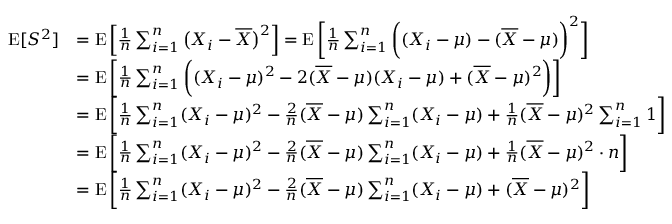
{ \begin{array} { r l } { \operatorname { E } [ S ^ { 2 } ] } & { = \operatorname { E } \left[ { \frac { 1 } { n } } \sum _ { i = 1 } ^ { n } { \big ( } X _ { i } - { \overline { { X } } } { \big ) } ^ { 2 } \right] = \operatorname { E } { \bigg [ } { \frac { 1 } { n } } \sum _ { i = 1 } ^ { n } { \bigg ( } ( X _ { i } - \mu ) - ( { \overline { { X } } } - \mu ) { \bigg ) } ^ { 2 } { \bigg ] } } \\ & { = \operatorname { E } { \bigg [ } { \frac { 1 } { n } } \sum _ { i = 1 } ^ { n } { \bigg ( } ( X _ { i } - \mu ) ^ { 2 } - 2 ( { \overline { { X } } } - \mu ) ( X _ { i } - \mu ) + ( { \overline { { X } } } - \mu ) ^ { 2 } { \bigg ) } { \bigg ] } } \\ & { = \operatorname { E } { \bigg [ } { \frac { 1 } { n } } \sum _ { i = 1 } ^ { n } ( X _ { i } - \mu ) ^ { 2 } - { \frac { 2 } { n } } ( { \overline { { X } } } - \mu ) \sum _ { i = 1 } ^ { n } ( X _ { i } - \mu ) + { \frac { 1 } { n } } ( { \overline { { X } } } - \mu ) ^ { 2 } \sum _ { i = 1 } ^ { n } 1 { \bigg ] } } \\ & { = \operatorname { E } { \bigg [ } { \frac { 1 } { n } } \sum _ { i = 1 } ^ { n } ( X _ { i } - \mu ) ^ { 2 } - { \frac { 2 } { n } } ( { \overline { { X } } } - \mu ) \sum _ { i = 1 } ^ { n } ( X _ { i } - \mu ) + { \frac { 1 } { n } } ( { \overline { { X } } } - \mu ) ^ { 2 } \cdot n { \bigg ] } } \\ & { = \operatorname { E } { \bigg [ } { \frac { 1 } { n } } \sum _ { i = 1 } ^ { n } ( X _ { i } - \mu ) ^ { 2 } - { \frac { 2 } { n } } ( { \overline { { X } } } - \mu ) \sum _ { i = 1 } ^ { n } ( X _ { i } - \mu ) + ( { \overline { { X } } } - \mu ) ^ { 2 } { \bigg ] } } \end{array} }